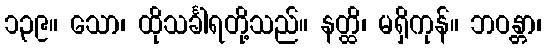
၁၃၉။ သော၊ ထိုသင်္ခါရတို့သည်။ နတ္ထိ၊ မရှိကုန်။ ဘဝန္တာ၊